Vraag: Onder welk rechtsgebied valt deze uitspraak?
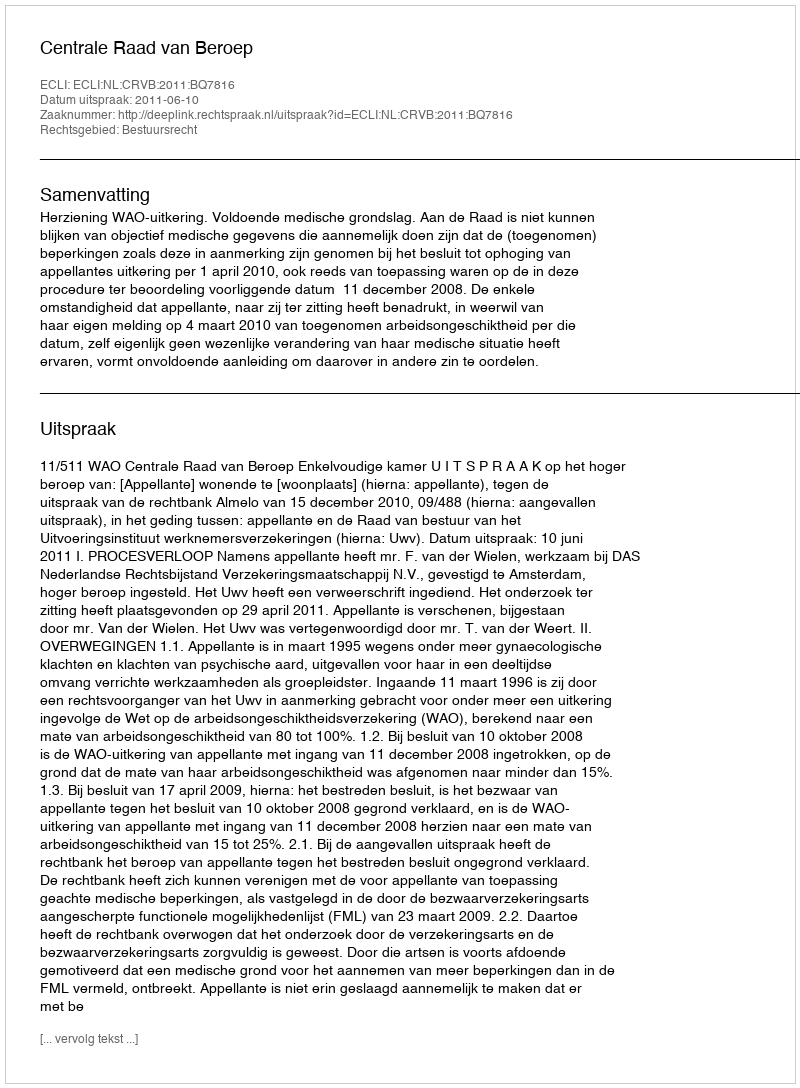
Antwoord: Bestuursrecht